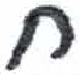
אות: ח